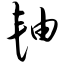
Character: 轴